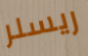
ريسلر